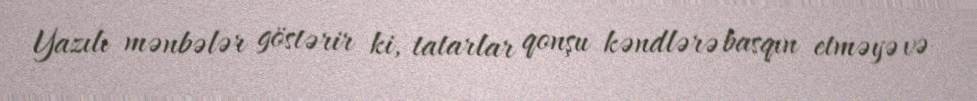
Yazılı mənbələr göstərir ki, tatarlar qonşu kəndlərə basqın etməyə və